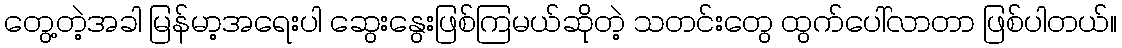
တွေ့တဲ့အခါ မြန်မာ့အရေးပါ ဆွေးနွေးဖြစ်ကြမယ်ဆိုတဲ့ သတင်းတွေ ထွက်ပေါ်လာတာ ဖြစ်ပါတယ်။